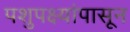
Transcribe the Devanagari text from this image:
पशुपक्ष्यांपासून